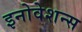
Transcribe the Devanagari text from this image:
इनोवेशन्स